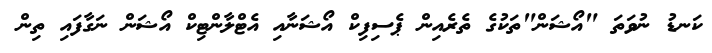
ކަނޑު ނުވަތަ "އޯޝަން"ތަކުގެ ތެރެއިން ޕެސިފިކް އޯޝަނާއި އެޓްލާންޓިކް އޯޝަން ނަގާފައި ތިން